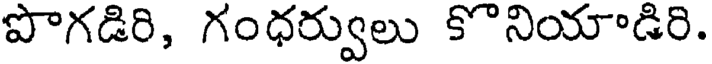
పొగడిరి, గంధర్వులు కొనియాడిరి.